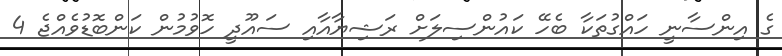
ގެ އިންސާނީ ހައްގުތަކާ ބެހޭ ކައުންސިލަށް ރަޝިޔާއާއި ސައޫދީ ހޮވުމުން ކަންބޮޑުވެއްޖެ 4